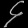
Digit: ၄